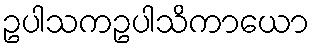
ဥပါသကဥပါသိကာယော